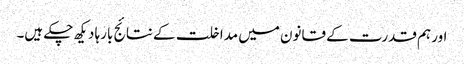
اور ہم قدرت کے قانون میں مداخلت کے نتائج بارہا دیکھ چکے ہیں۔